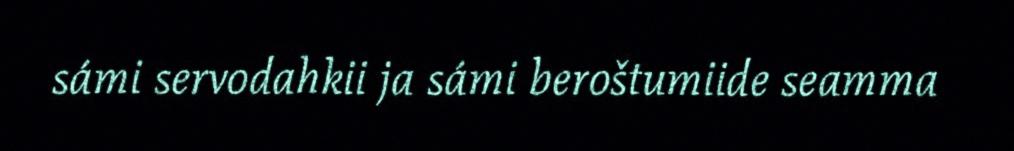
sámi servodahkii ja sámi beroštumiide seamma